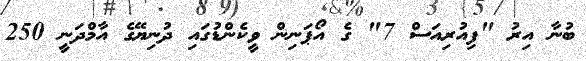
ބުނާ އިރު "ފިއުރިއަސް 7" ގެ އޯޕަނިން ވީކެންޑުގައި ދުނިޔޭގެ އާމްދަނީ 250